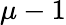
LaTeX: \mu-1